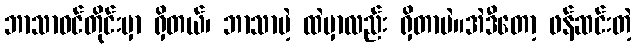
ဘာသာဝင်တိုင်းမှာ ရှိတယ်၊ ဘာသာမဲ့ ထဲမှာလည်း ရှိတာပဲ။အဲဒီတော့ ဖန်ဆင်းတဲ့